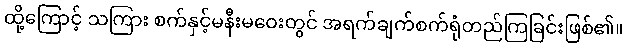
ထို့ကြောင့် သကြား စက်နှင့်မနီးမဝေးတွင် အရက်ချက်စက်ရုံတည်ကြခြင်းဖြစ်၏။